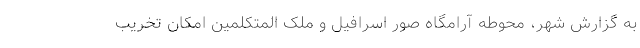
به گزارش شهر، محوطه آرامگاه صور اسرافیل و ملک المتکلمین امکان تخریب